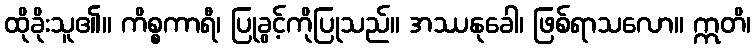
ထိုခိုးသူ၏။ ကိစ္စကာရီ၊ ပြုခွင့်ကိုပြုသည်။ အဿနုခေါ၊ ဖြစ်ရာသလော။ ဣတိ၊